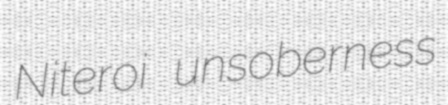
Niteroi unsoberness